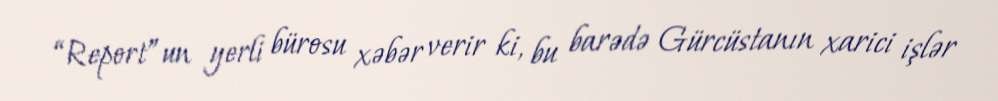
“Report”un yerli bürosu xəbər verir ki, bu barədə Gürcüstanın xarici işlər